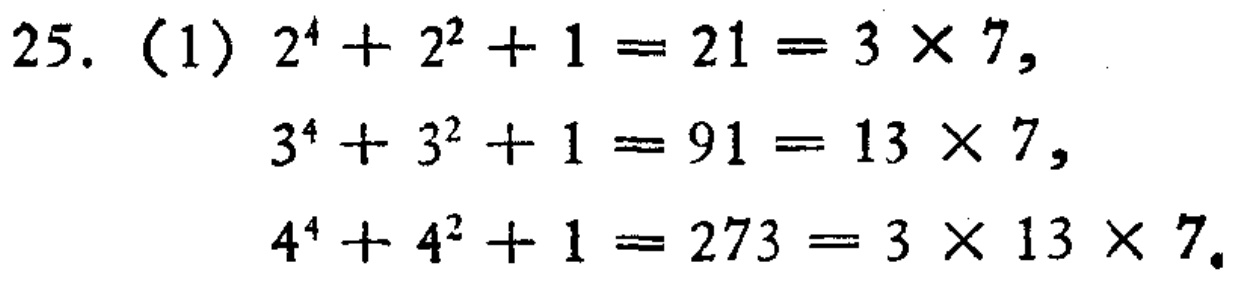
25.（1）\(2^{4}+2^{2}+1 = 21=3\times7\)，

\(3^{4}+3^{2}+1 = 91=13\times7\)，

\(4^{4}+4^{2}+1 = 273=3\times13\times7\)。